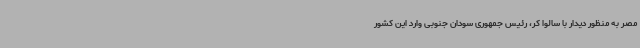
مصر به منظور دیدار با سالوا کر، رئیس جمهوری سودان جنوبی وارد این کشور